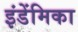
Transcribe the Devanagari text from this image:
इंडेंमिका